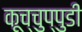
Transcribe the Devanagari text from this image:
कूच्चुप्पुडी